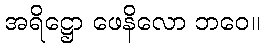
အရိဋ္ဌော ဖေနိလော ဘဝေ။